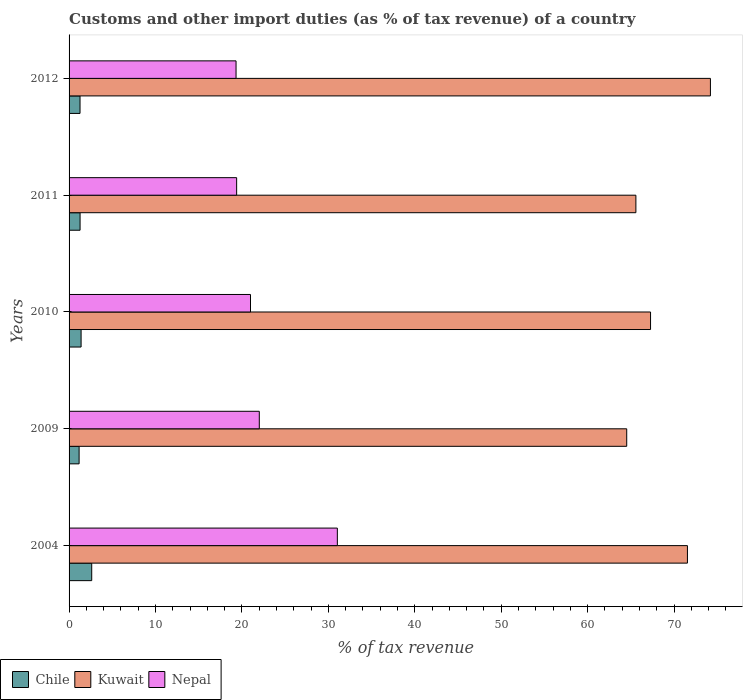
| Years | Chile | Kuwait | Nepal |
 | --- | --- | --- | --- |
 | 2004 | 2.62 | 71.6 | 31 |
 | 2009 | 1.16 | 64.5 | 22 |
 | 2010 | 1.39 | 67.3 | 21 |
 | 2011 | 1.27 | 65.6 | 19.4 |
 | 2012 | 1.27 | 74.2 | 19.3 |